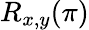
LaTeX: R_{x,y}(\pi)